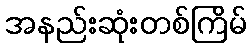
အနည်းဆုံးတစ်ကြိမ်